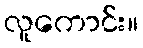
လူကောင်း။